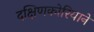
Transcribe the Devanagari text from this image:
दक्षिणकोरियाने